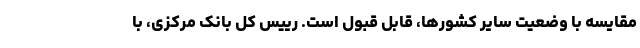
مقایسه با وضعیت سایر کشورها، قابل قبول است. رییس کل بانک مرکزی، با